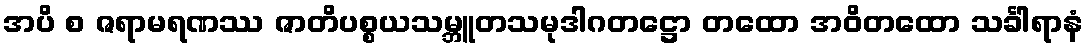
အပိ စ ဇရာမရဏဿ ဇာတိပစ္စယသမ္ဘူတသမုဒါဂတဋ္ဌော တထော အဝိတထော သင်္ခါရာနံ